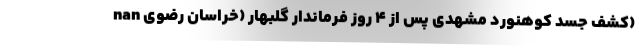
nan کشف جسد کوهنورد مشهدی پس از 4 روز فرماندار گلبهار (خراسان رضوی)